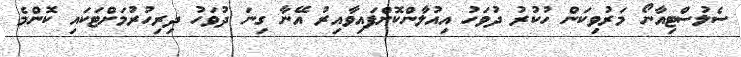
ސެލުސްޓިއާނޯ މަރުވިކަން ހުކުރު ދުވަހު އިއުލާންކޮށްފައިވާއިރު އޭނާ ގިނަ ދުވަހު ދިރިހުރުމަށްޓަކައި ކޮންމެ